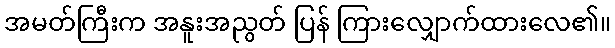
အမတ်ကြီးက အနူးအညွတ် ပြန် ကြားလျှောက်ထားလေ၏။